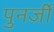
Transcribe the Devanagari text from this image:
पुनर्जी